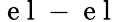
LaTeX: \mathrm{~e~l~-~e~l~}